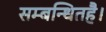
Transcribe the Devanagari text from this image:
सम्बन्धितहै।